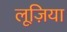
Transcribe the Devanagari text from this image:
लूज़िया